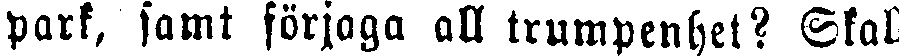
park, samt förjaga all trumpenhet? Skall